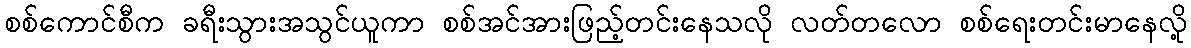
စစ်ကောင်စီက ခရီးသွားအသွင်ယူကာ စစ်အင်အားဖြည့်တင်းနေသလို လတ်တလော စစ်ရေးတင်းမာနေလို့